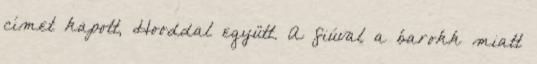
címet kapott, Hooddal együtt. A fiúval a barokk miatt